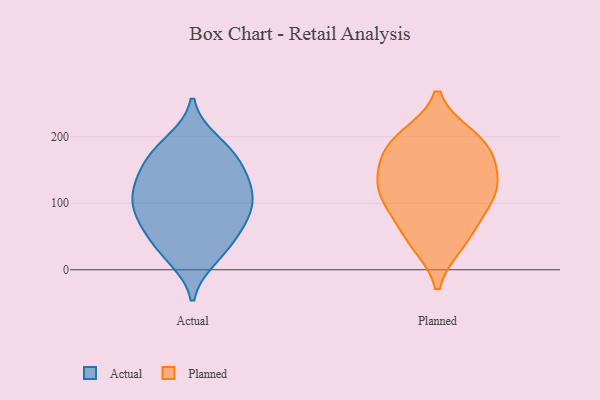
{"axis": {"x": "Customer Acquisition Cost (USD)", "y": "Value"}, "legend": ["Actual", "Planned"], "data": [{"x": "", "y": 36, "type": "Actual"}, {"x": "", "y": 93, "type": "Actual"}, {"x": "", "y": 60, "type": "Actual"}, {"x": "", "y": 168, "type": "Actual"}, {"x": "", "y": 18, "type": "Actual"}, {"x": "", "y": 76, "type": "Actual"}, {"x": "", "y": 157, "type": "Actual"}, {"x": "", "y": 25, "type": "Actual"}, {"x": "", "y": 123, "type": "Actual"}, {"x": "", "y": 69, "type": "Actual"}, {"x": "", "y": 118, "type": "Actual"}, {"x": "", "y": 136, "type": "Actual"}, {"x": "", "y": 81, "type": "Actual"}, {"x": "", "y": 110, "type": "Actual"}, {"x": "", "y": 193, "type": "Actual"}, {"x": "", "y": 186, "type": "Actual"}, {"x": "", "y": 163, "type": "Actual"}, {"x": "", "y": 114, "type": "Actual"}, {"x": "", "y": 111, "type": "Planned"}, {"x": "", "y": 178, "type": "Planned"}, {"x": "", "y": 191, "type": "Planned"}, {"x": "", "y": 148, "type": "Planned"}, {"x": "", "y": 97, "type": "Planned"}, {"x": "", "y": 40, "type": "Planned"}, {"x": "", "y": 75, "type": "Planned"}, {"x": "", "y": 115, "type": "Planned"}, {"x": "", "y": 128, "type": "Planned"}, {"x": "", "y": 43, "type": "Planned"}, {"x": "", "y": 144, "type": "Planned"}, {"x": "", "y": 191, "type": "Planned"}, {"x": "", "y": 199, "type": "Planned"}]}